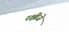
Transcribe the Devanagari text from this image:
रक्षीजे